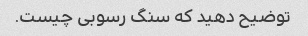
توضیح دهید که سنگ رسوبی چیست.